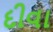
દીવા